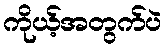
ကိုယ့်အတွက်ပဲ